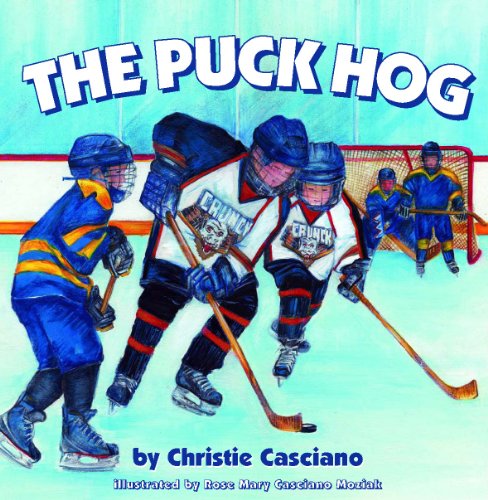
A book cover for The Puck Hog; Christie Casciano; Children's Books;